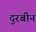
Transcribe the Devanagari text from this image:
दुरबीन